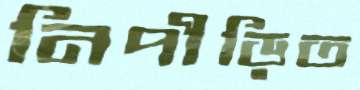
নিপীড়িত